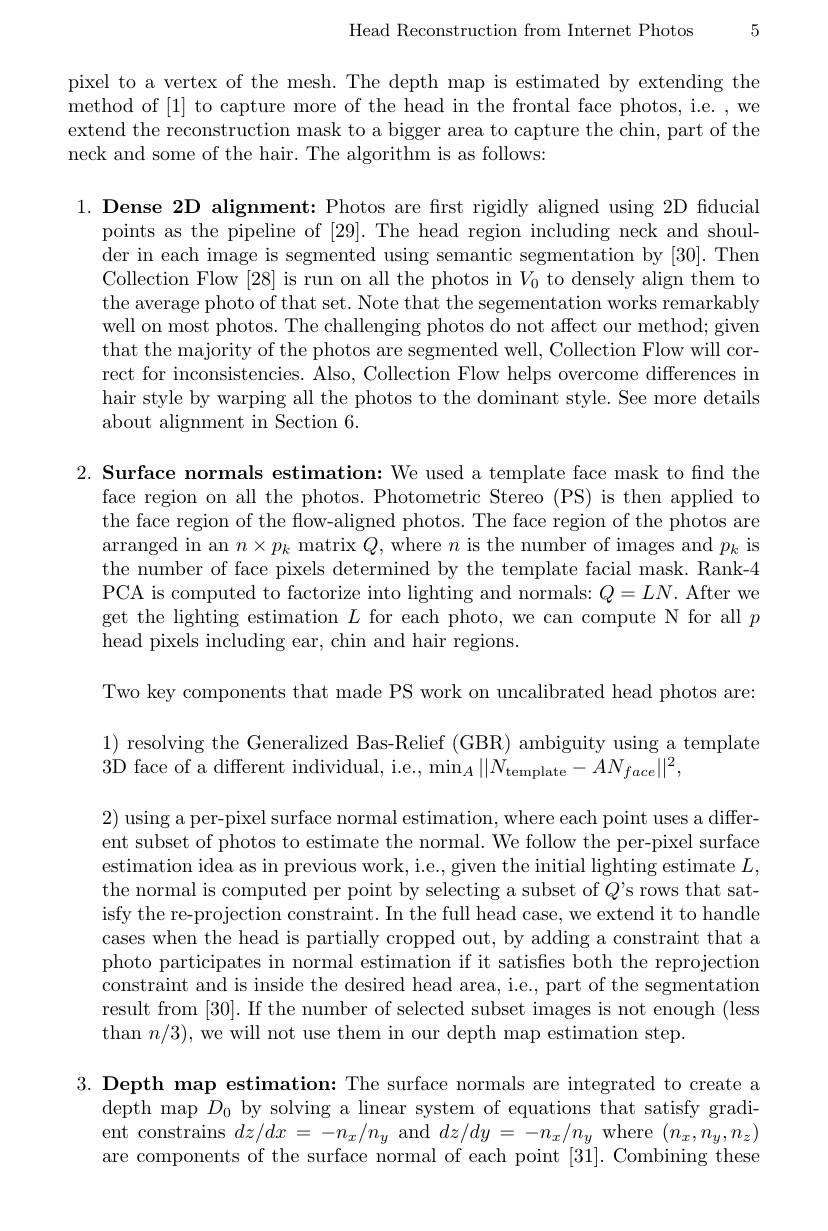
Head Reconstruction from Internet Photos 5

pixel to a vertex of the mesh. The depth map is estimated by extending the method of [1] to capture more of the head in the frontal face photos, i.e. , we extend the reconstruction mask to a bigger area to capture the chin, part of the neck and some of the hair. The algorithm is as follows:

1. Dense 2D alignment: Photos are first rigidly aligned using 2D fiducial
points as the pipeline of [29]. The head region including neck and shoulder in each image is segmented using semantic segmentation by [30]. Then Collection Flow [28] is run on all the photos in $V_0$ to densely align them to the average photo of that set. Note that the segementation works remarkably well on most photos. The challenging photos do not affect our method; given that the majority of the photos are segmented well, Collection Flow will correct for inconsistencies. Also, Collection Flow helps overcome differences in hair style by warping all the photos to the dominant style. See more details about alignment in Section 6.

$2. \textbf{ Surface normals estimation: We used a template face mask to find the}$
face region on all the photos. Photometric Stereo (PS) is then applied to the face region of the flow-aligned photos. The face region of the photos are arranged in an $n\times p_k$ matrix $Q$, where $n$ is the number of images and $p_k$ is the number of face pixels determined by the template facial mask. Rank-4 PCA is computed to factorize into lighting and normals: $Q=LN.$ After we get the lighting estimation $L$ for each photo, we can compute N for all $p$ head pixels including ear, chin and hair regions.

Two key components that made PS work on uncalibrated head photos are:

$1){\mathrm{~resolving~the~Generalized~Bas-Relief~(GBR)~ambiguity~using~a~template}}$
3D face of a different individual, i.e., $\min_A\|N_{\mathrm{template}}-AN_{face}\|^{2}$,

2) using a per-pixel surface normal estimation, where each point uses a different subset of photos to estimate the normal. We follow the per-pixel surface estimation idea as in previous work, i.e., given the initial lighting estimate $L$, the normal is computed per point by selecting a subset of $Q’$s rows that satisfy the re-projection constraint. In the full head case, we extend it to handle cases when the head is partially cropped out, by adding a constraint that a photo participates in normal estimation if it satisfies both the reprojection constraint and is inside the desired head area, i.e., part of the segmentation result from [30]. If the number of selected subset images is not enough (less than $n/3)$, we will not use them in our depth map estimation step.

$3. \textbf{Depth map estimation: The surface normals are integrated to create a}$
depth map $D_{0}$ by solving a linear system of equations that satisfy gradient constrains $dz/dx=-n_x/n_y$ and $dz/dy=-n_x/n_y$ where $(n_x,n_y,n_z)$ are components of the surface normal of each point [31]. Combining these